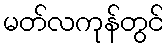
မတ်လကုန်တွင်